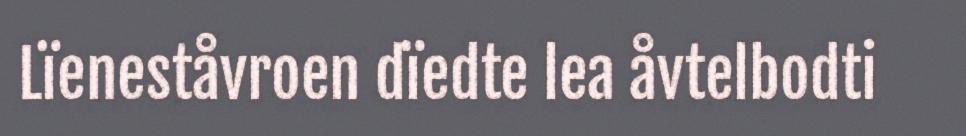
Lïeneståvroen dïedte lea åvtelbodti